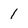
Character: 1